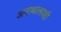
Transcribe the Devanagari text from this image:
अनाथालयही